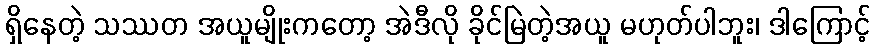
ရှိနေတဲ့ သဿတ အယူမျိုးကတော့ အဲဒီလို ခိုင်မြဲတဲ့အယူ မဟုတ်ပါဘူး၊ ဒါကြောင့်